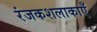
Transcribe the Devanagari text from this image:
रंजकशलाकाएँ